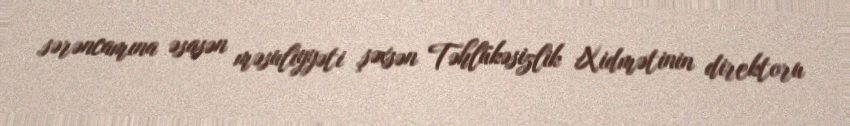
sərəncamına əsasən məsuliyyəti şəxsən Təhlükəsizlik Xidmətinin direktoru